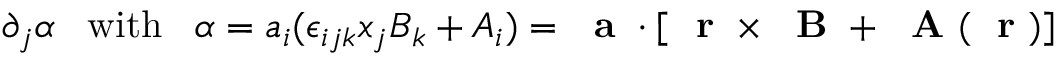
\partial _ { j } \alpha \; \; \; \mathrm { w i t h } \; \; \; \alpha = a _ { i } ( \epsilon _ { i j k } x _ { j } B _ { k } + A _ { i } ) = { \mathrm { ~ \bf ~ a ~ } } \cdot [ \mathrm { ~ \bf ~ r ~ } \times \mathrm { ~ \bf ~ B ~ } + \mathrm { ~ \bf ~ A ~ } ( \mathrm { ~ \bf ~ r ~ } ) ]